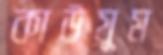
কাউয়ুম